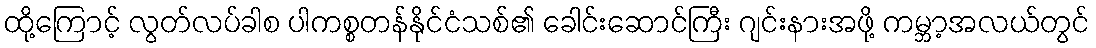
ထို့ကြောင့် လွတ်လပ်ခါစ ပါကစ္စတန်နိုင်ငံသစ်၏ ခေါင်းဆောင်ကြီး ဂျင်းနားအဖို့ ကမ္ဘာ့အလယ်တွင်